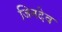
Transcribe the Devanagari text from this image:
जिनदेव